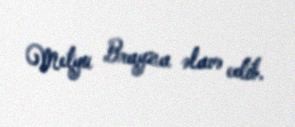
Metyu Brayza əlavə edib.